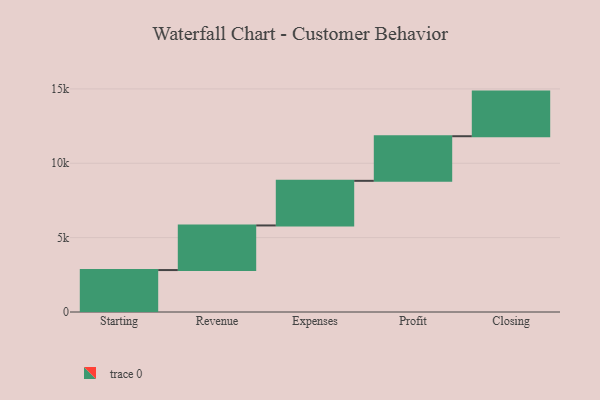
{"axis": {"x": "Step", "y": "Value"}, "legend": [""], "data": [{"x": "Starting", "y": 2820.0, "type": ""}, {"x": "Revenue", "y": 3000, "type": ""}, {"x": "Expenses", "y": 3000, "type": ""}, {"x": "Profit", "y": 3000, "type": ""}, {"x": "Closing", "y": 3000, "type": ""}]}